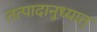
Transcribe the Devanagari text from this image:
तत्पादानुध्यात्